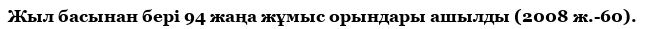
Жыл басынан бері 94 жаңа жұмыс орындары ашылды (2008 ж.-60).